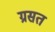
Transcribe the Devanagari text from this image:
ग्रसत